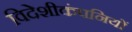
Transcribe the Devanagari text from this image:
विदेशीकंपनियों